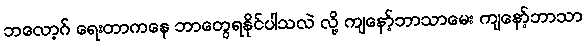
ဘလော့ဂ် ရေးတာကနေ ဘာတွေရနိုင်ပါသလဲ လို့ ကျနော့်ဘာသာမေး ကျနော့်ဘာသာ